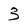
Character: 3